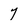
Character: 7